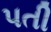
પતી